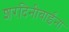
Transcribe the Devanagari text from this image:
शरदिनीबाईंना